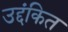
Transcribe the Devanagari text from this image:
उद्दंकित